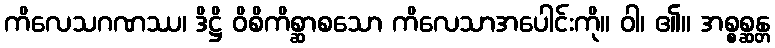
ကိလေသဂဏဿ၊ ဒိဋ္ဌိ ဝိစိကိစ္ဆာစသော ကိလေသာအပေါင်းကို။ ဝါ၊ ၏။ အစ္စစ္ဆန္တ